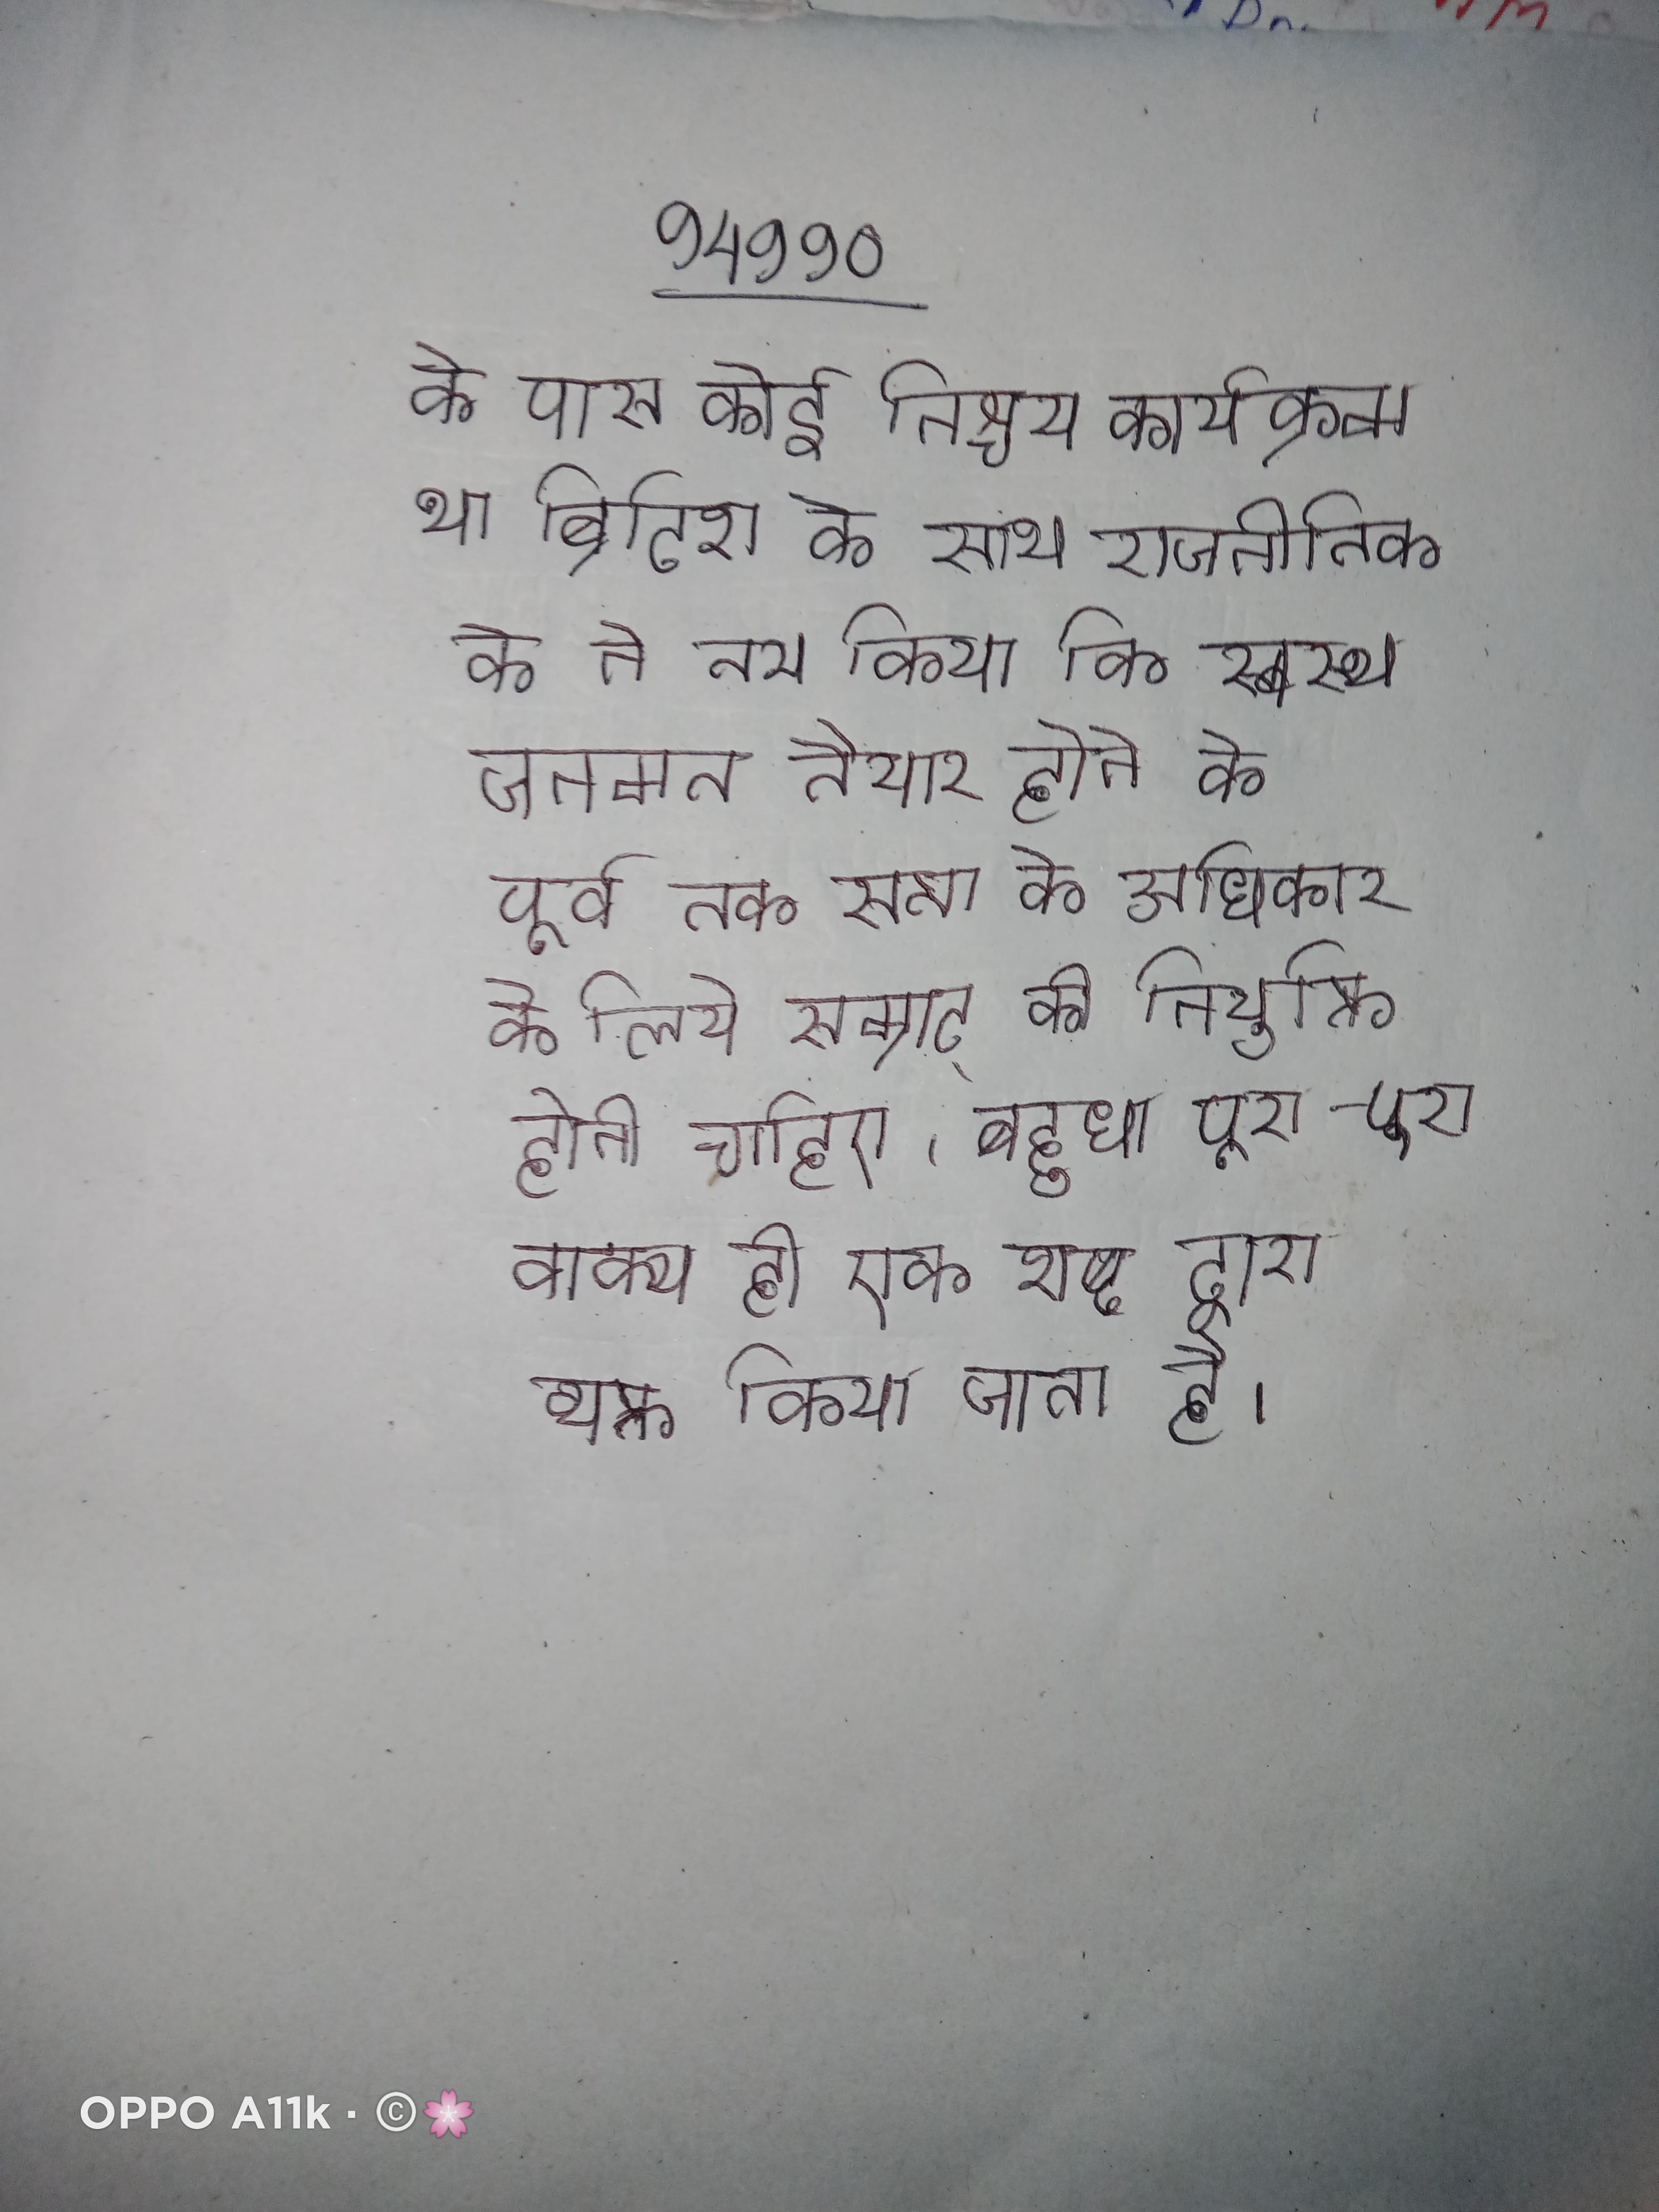
के पास कोई निश्चय कार्यक्रम था ब्रिटिश के साथ राजनीतिक के ने तय किया कि स्वस्थ जनमत तैयार होने के पूर्व तक सत्ता के अधिकार के लिये सम्राट् की नियुक्ति होनी चाहिए । बहुधा पूरा-पूरा वाक्य ही एक शब्द द्वारा व्यक्त किया जाता है ।